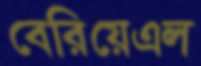
বেরিয়েএল